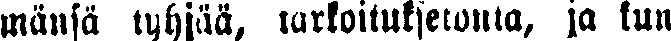
mänsä tyhjää, tarkoituksetonta, ja kun